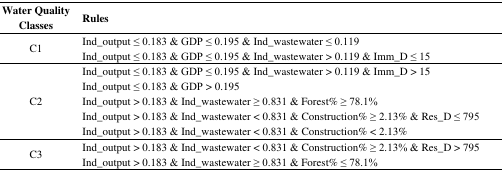
| Water Quality Classes | Rules |
 | --- | --- |
 | C1 | Ind_output ≤ 0.183 & GDP ≤ 0.195 & Ind_wastewater ≤ 0.119Ind_output ≤ 0.183 & GDP ≤ 0.195 & Ind_wastewater > 0.119 & Imm_D ≤ 15 |
 | C2 | Ind_output ≤ 0.183 & GDP ≤ 0.195 & Ind_wastewater > 0.119 & Imm_D > 15Ind_output ≤ 0.183 & GDP > 0.195Ind_output > 0.183 & Ind_wastewater ≥ 0.831 & Forest% ≥ 78.1%Ind_output > 0.183 & Ind_wastewater < 0.831 & Construction% ≥ 2.13% & Res_D ≤ 795Ind_output > 0.183 & Ind_wastewater < 0.831 & Construction% < 2.13% |
 | C3 | Ind_output > 0.183 & Ind_wastewater < 0.831 & Construction% ≥ 2.13% & Res_D > 795Ind_output > 0.183 & Ind_wastewater ≥ 0.831 & Forest% ≤ 78.1% |